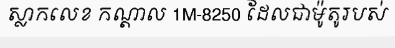
ស្លាកលេខ កណ្តាល 1M-8250 ដែលជាម៉ូតូរបស់